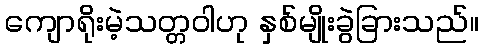
ကျောရိုးမဲ့သတ္တဝါဟု နှစ်မျိုးခွဲခြားသည်။